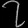
Digit: ၇